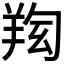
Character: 𦍿